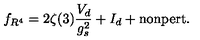
f _ { R ^ { 4 } } = 2 \zeta ( 3 ) \frac { V _ { d } } { g _ { s } ^ { 2 } } + I _ { d } + \mathrm { n o n p e r t . }